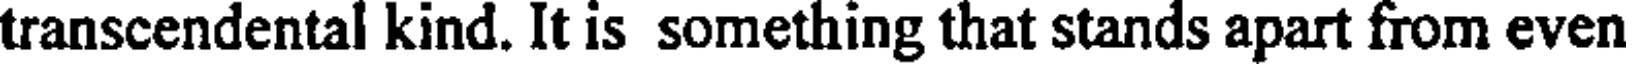
transcendental kind. It is something that stands apart from even